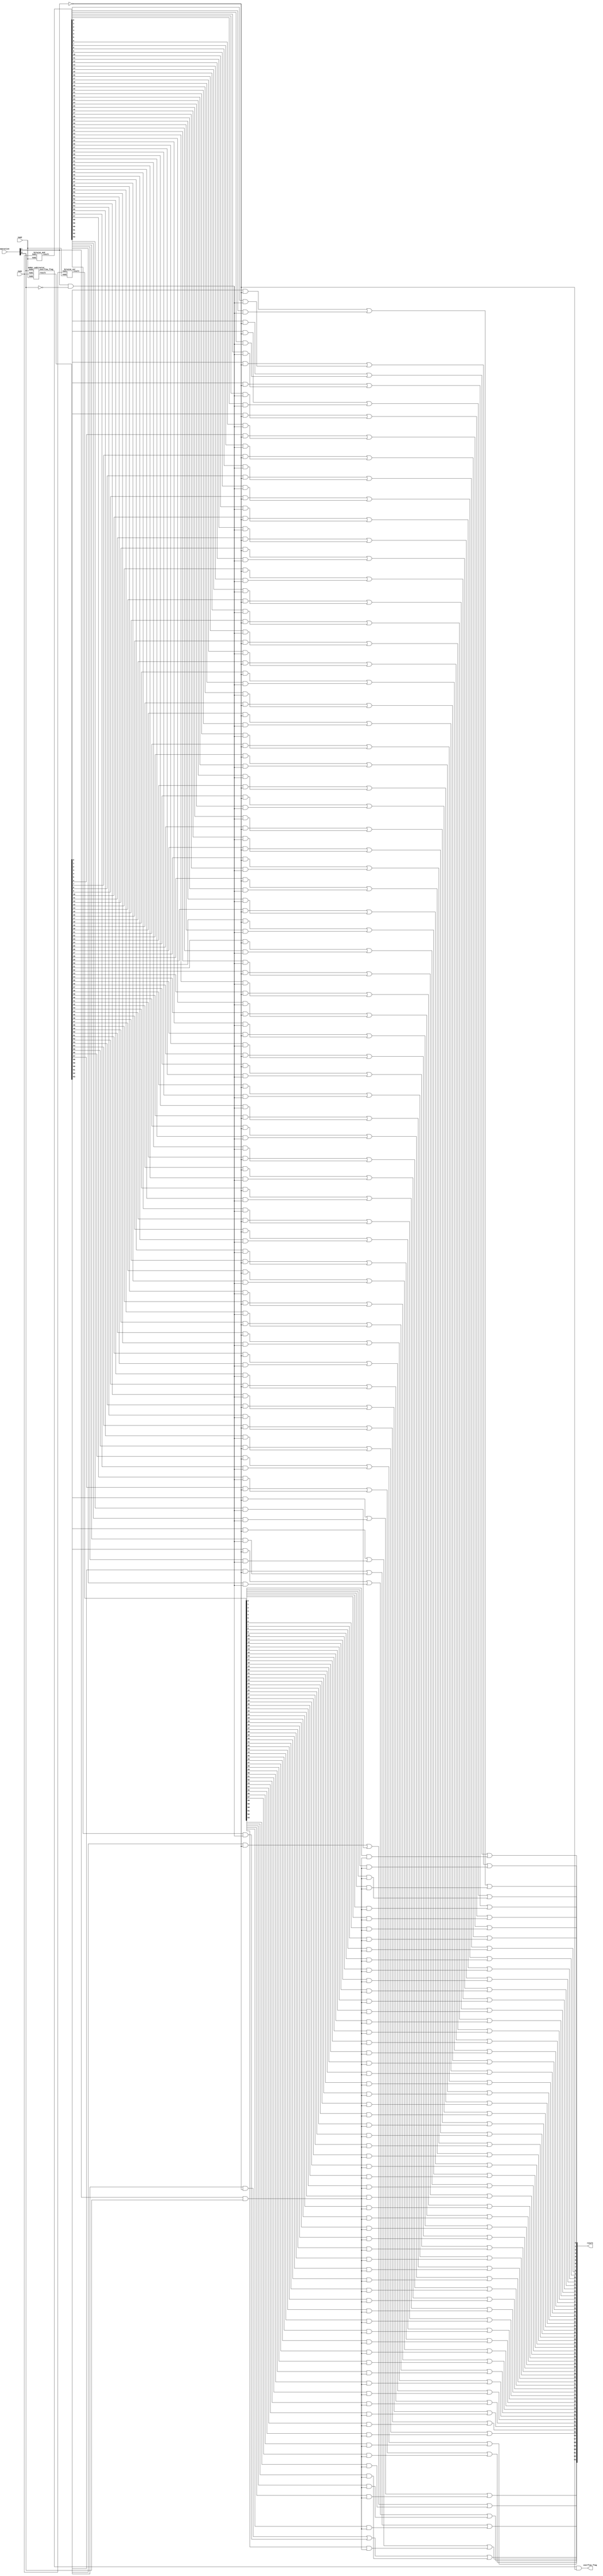
`timescale 1ns / 1ps

module ALU #(
    parameter BUS_WIDTH = 64,
    parameter SELECT_WIDTH = 2
) (
    output [BUS_WIDTH-1:0]result,
    output overflow_flag,
    input [BUS_WIDTH-1:0]num1,
    input [BUS_WIDTH-1:0]num2,
    input [SELECT_WIDTH-1:0]operation
);

//00 ADDITION
//01 SUBTRACTION
//10 BITWISE AND
//11 BITWISE XOR

wire inverted_selection[SELECT_WIDTH-1:0]; // for the decoding of the selection, we will also need their NOT values
genvar i;
generate
    for (i = 0; i < SELECT_WIDTH; i = i+1) begin
        not(inverted_selection[i], operation[i]);
    end
endgenerate //loop only for scaling/modularity purpose

wire and_enable, xor_enable;
and(and_enable, operation[1], inverted_selection[0]);
and(xor_enable, operation[1], operation[0]);

wire [BUS_WIDTH-1:0]add_sub_result;
wire sum_overflow;
wire [BUS_WIDTH-1:0]bitwise_and_result;
wire [BUS_WIDTH-1:0]bitwise_xor_result;

adder_subtractor ADD_SUB1(
    .result(add_sub_result),
    .overflow_flag(sum_overflow),
    .num1(num1),
    .num2(num2),
    .mode(operation[0])
);

bitwise_and BITWISE_AND1(
    .result(bitwise_and_result),
    .num1(num1),
    .num2(num2)
);

bitwise_xor BITWISE_XOR1(
    .result(bitwise_xor_result),
    .num1(num1),
    .num2(num2)
);

wire addsub_effective_result[BUS_WIDTH-1:0];
wire bitwise_and_effective_result[BUS_WIDTH-1:0];
wire bitwise_xor_effective_result[BUS_WIDTH-1:0];
//the effective result bit is 1 iff the result is 1 and the required operation is triggered

generate
    for (i = 0; i < BUS_WIDTH ; i = i + 1) begin
        and(addsub_effective_result[i], add_sub_result[i], inverted_selection[1]);
        and(bitwise_and_effective_result[i], bitwise_and_result[i], and_enable);
        and(bitwise_xor_effective_result[i], bitwise_xor_result[i], xor_enable);
        or(result[i], addsub_effective_result[i], bitwise_and_effective_result[i], bitwise_xor_effective_result[i]);
    end
endgenerate
and(overflow_flag, sum_overflow, inverted_selection[1]);
    
endmodule

module half_adder (
    output S, C,
    input A, B
);

    xor(S, A, B);
    and(C, A, B);
    
endmodule

module full_adder (
    output S, C,
    input A, B, Cin
);

    wire S0, C0;
    half_adder ha1(
        .A(A),
        .B(B),
        .S(S0),
        .C(C0)
    );

    wire C1;
    half_adder ha2(
        .A(S0),
        .B(Cin),
        .S(S),
        .C(C1)
    );

    or(C, C0, C1);
    
endmodule

module adder_subtractor #(
    parameter BUS_WIDTH = 64
) (
    output [BUS_WIDTH-1:0]result,
    output overflow_flag,
    input [BUS_WIDTH-1:0]num1,
    input [BUS_WIDTH-1:0]num2,
    input mode
);

    wire [BUS_WIDTH:0]carry;
    wire [BUS_WIDTH-1:0] num2_effective;

    assign carry[0] = mode;

    genvar i;
    generate
        for (i = 0; i < BUS_WIDTH; i = i + 1) begin
            xor(num2_effective[i], num2[i], mode);
        end
    endgenerate
    generate
        for (i = 0; i <  BUS_WIDTH; i = i + 1) begin
            full_adder FA1(result[i], carry[i+1], num1[i], num2_effective[i], carry[i]);
        end
    endgenerate
    
    xor(overflow_flag, carry[BUS_WIDTH], carry[BUS_WIDTH-1]);

endmodule

module bitwise_and #(
    parameter BUS_WIDTH = 64
) (
    output [BUS_WIDTH-1:0]result,
    input [BUS_WIDTH-1:0]num1,
    input [BUS_WIDTH-1:0]num2
);

genvar i;
generate
    for(i = 0; i < BUS_WIDTH; i = i + 1) begin
        and(result[i], num1[i], num2[i]);
    end
endgenerate
    
endmodule

module bitwise_xor #(
    parameter BUS_WIDTH = 64
) (
    output [BUS_WIDTH-1:0]result,
    output overflow_flag,
    input [BUS_WIDTH-1:0]num1,
    input [BUS_WIDTH-1:0]num2
);

genvar i;
generate
    for(i = 0; i < BUS_WIDTH; i = i + 1) begin
        xor(result[i], num1[i], num2[i]);
    end
endgenerate
    
endmodule